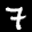
Label: 7